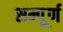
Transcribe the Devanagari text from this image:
सम्पूूूर्ण